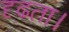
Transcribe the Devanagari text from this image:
दृढता।